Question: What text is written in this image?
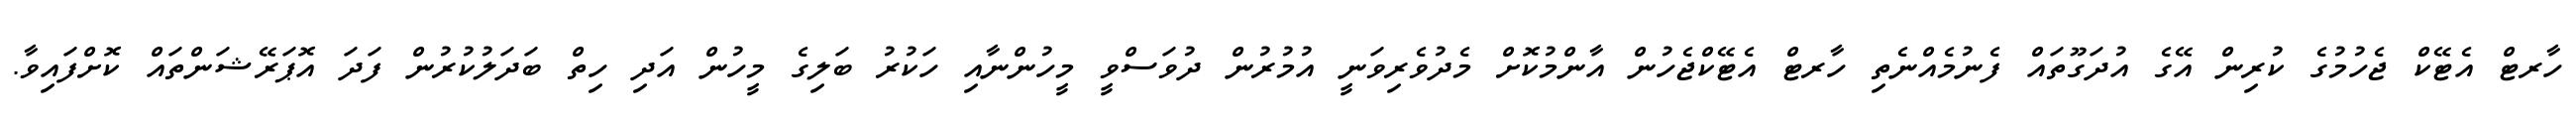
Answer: ހާރޓް އެޓޭކް ޖެހުމުގެ ކުރިން އޭގެ އުދަގޫތައް ފެނުމެއްނެތި ހާރޓް އެޓޭކްޖެހުން އާންމުކޮށް މެދުވެރިވަނީ އުމުރުން ދުވަސްވީ މީހުންނާއި ހަކުރު ބަލިގެ މީހުން އަދި ހިތް ބަދަލުކުރުން ފަދަ އޮޕަރޭޝަންތައް ކޮށްފައިވާ.